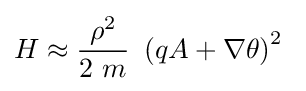
H\approx {\frac {~\rho ^{2}\ }{2\ m}}\ \left(qA+\nabla \theta \right)^{2}~